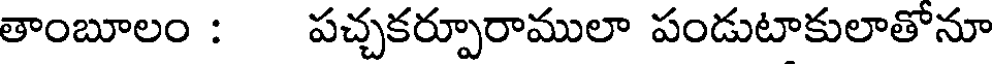
తాంబూలం : పచ్చకర్పూరాములా పండుటాకులాతోనూ